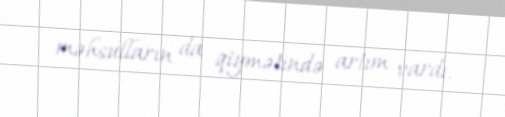
məhsulların da qiymətində artım vardı.